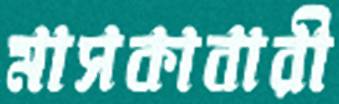
মাসকাবারী